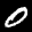
Label: 0